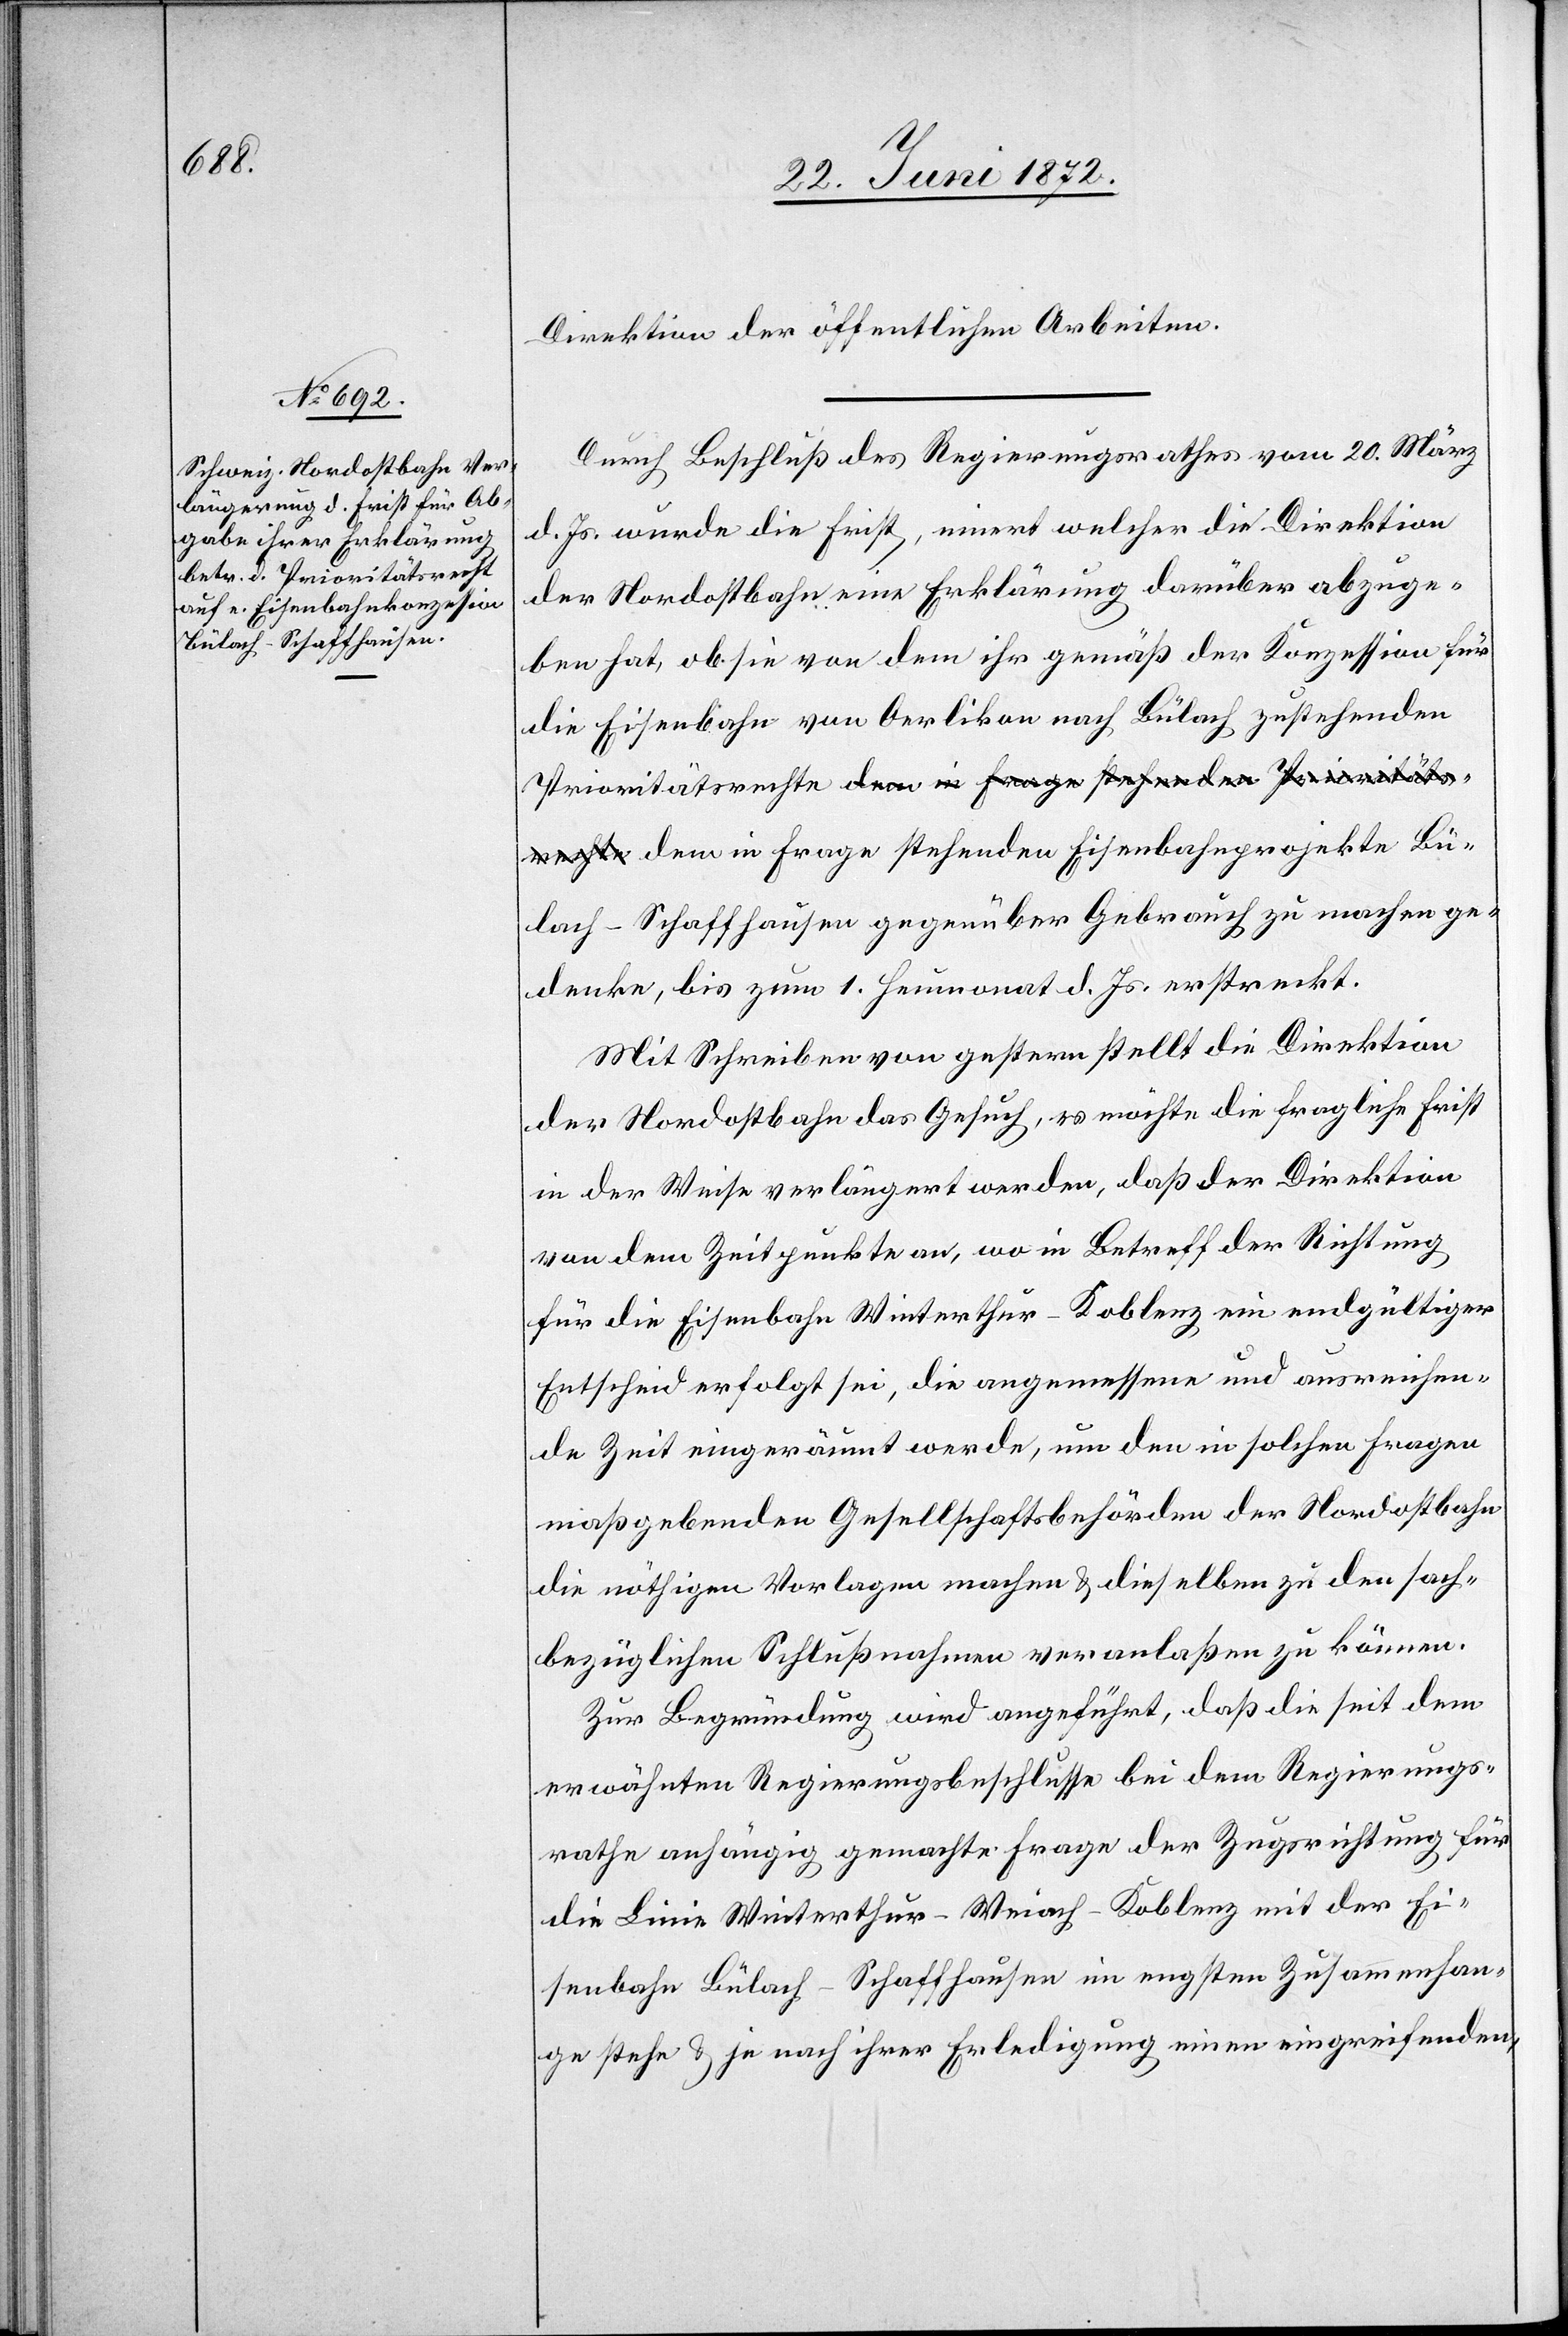
Priorität¬

Direktion der öffentlichen Arbeiten.
Durch Beschluß des Regierungsrathes vom 20. März
d. Js. wurde die Frist, innert welcher die Direktion
der Nordostbahn eine Erklärung darüber abzuge¬
ben hat, ob sie von dem ihr gemäß der Konzession für
die Eisenbahn von Oerlikon nach Bülach zustehenden
srechte dem in Frage stehenden Eisenbahnprojekte Bü¬
lach–Schaffhausen gegenüber Gebrauch zu machen ge¬
denke, bis zum 1. Heumonat d. Js. erstreckt.
Mit Schreiben von gestern stellt die Direktion
der Nordostbahn das Gesuch, es möchte die fragliche Frist
in der Weise verlängert werden, daß der Direktion
von dem Zeitpunkte an, wo in Betreff der Richtung
für die Eisenbahn Winterthur–Koblenz ein endgültiger
Entscheid erfolgt sei, die angemessene und ausreichen¬
de Zeit eingeräumt werde, um den in solchen Fragen
maßgebenden Gesellschaftsbehörden der Nordostbahn
die nöthigen Vorlagen machen u. dieselben zu den sach¬
bezüglichen Schlußnahmen veranlaßen zu können.
Zur Begründung wird angeführt, daß die seit dem
erwähnten Regierungsbeschlusse bei dem Regierungs¬
rathe anhängig gemachte Frage der Zugsrichtung für
die Linie Winterthur–Weiach–Koblenz mit der Ei¬
senbahn Bülach–Schaffhausen im engsten Zusammenhan¬
ge stehe u. je nach ihrer Erledigung einen eingreifenden,